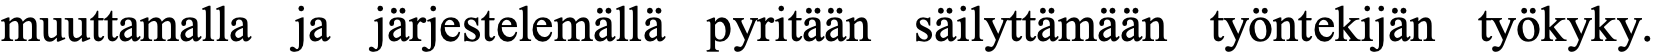
muuttamalla ja järjestelemällä pyritään säilyttämään työntekijän työkyky.